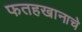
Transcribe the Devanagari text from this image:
फतहखानाचे